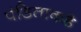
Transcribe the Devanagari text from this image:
पंडिताकडे